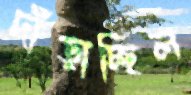
দাঁড়াচ্ছিল